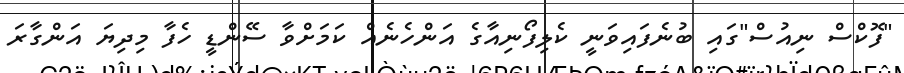
"ފޮކްސް ނިއުސް"ގައި ބުނެފައިވަނީ ކެލިފޯނިއާގެ އަންހެނެއް ކަމަށްވާ ސޭންޑީ ހެފާ މިދިޔަ އަންގާރަ